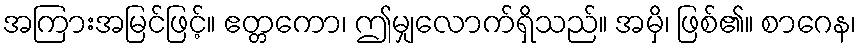
အကြားအမြင်ဖြင့်။ ဧတ္တကော၊ ဤမျှလောက်ရှိသည်။ အမှိ၊ ဖြစ်၏။ စာဂေန၊